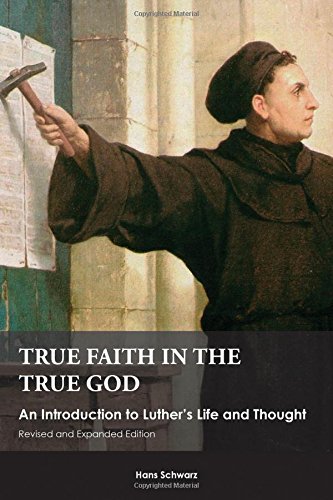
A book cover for True Faith in the True God: An Introduction to Luther's Life and Thought, Revised and Expanded Edition; Hans Schwarz; Christian Books & Bibles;